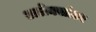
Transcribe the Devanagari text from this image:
अलेक्सांडर